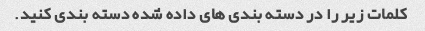
کلمات زیر را در دسته بندی های داده شده دسته بندی کنید.